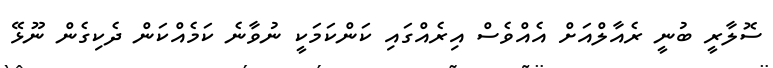
ސޮލާރީ ބުނީ ރެއާލްއަށް އެއްވެސް އިރެއްގައި ކަންކަމަކީ ނުވާނެ ކަމެއްކަން ދެކިގެން ނޫޅޭ